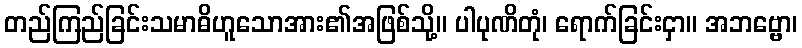
တည်ကြည်ခြင်းသမာဓိဟူသောအား၏အဖြစ်သို့။ ပါပုဏိတုံ၊ ရောက်ခြင်းငှာ။ အဘဗ္ဗော၊